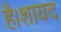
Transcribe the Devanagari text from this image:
है।शायद